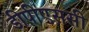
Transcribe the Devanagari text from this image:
डीपीएससी